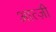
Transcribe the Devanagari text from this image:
आत्ज़ी